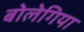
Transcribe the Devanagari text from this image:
बोलेगिया